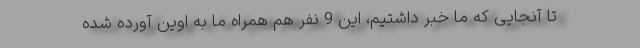
تا آنجایی كه ما خبر داشتیم، این 9 نفر هم همراه ما به اوین آورده شده